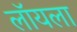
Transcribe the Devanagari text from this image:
लॉयला